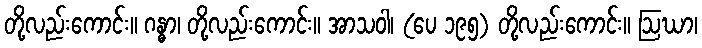
တို့လည်းကောင်း။ ဂန္ဓာ၊ တို့လည်းကောင်း။ အာသဝါ၊ (ပေ ၁၉၅) တို့လည်းကောင်း။ ဩဃာ၊